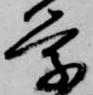
学